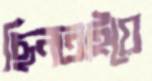
ছিনতাইয়ে